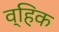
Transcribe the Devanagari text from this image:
व्हिक